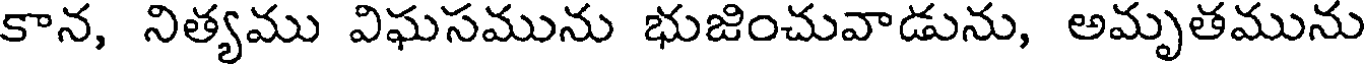
కాన, నిత్యము విఘసమును భుజించువాడును, అమృతమును